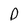
Character: D